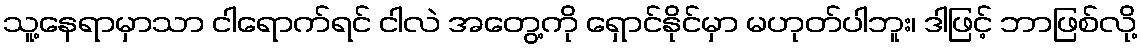
သူ့နေရာမှာသာ ငါရောက်ရင် ငါလဲ အတွေ့ကို ရှောင်နိုင်မှာ မဟုတ်ပါဘူး၊ ဒါဖြင့် ဘာဖြစ်လို့